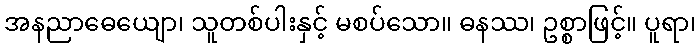
အနညာဓေယျော၊ သူတစ်ပါးနှင့် မစပ်သော။ ဓနဿ၊ ဥစ္စာဖြင့်။ ပူရာ၊